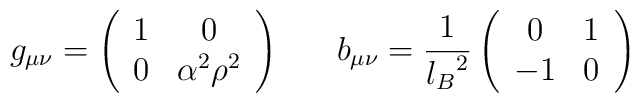
g_{\mu\nu}=\left(\begin{array}{cc}1 & 0 \\0 & \alpha^2\rho^2 \end{array}\right) \ \ \ \ \ b_{\mu\nu}={1\over{l_B}^{2}}\left(\begin{array}{cc} 0 & 1 \\-1 & 0\end{array}\right)